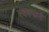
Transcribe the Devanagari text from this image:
स्वरुपाने